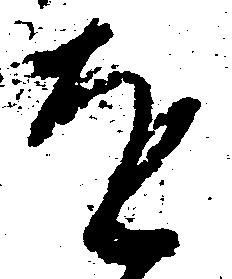
を